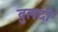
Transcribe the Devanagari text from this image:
बुलदी